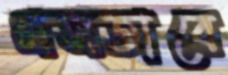
প্রসতাবে